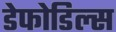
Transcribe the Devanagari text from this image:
डेफोडिल्स